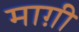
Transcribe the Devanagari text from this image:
माग़ी